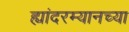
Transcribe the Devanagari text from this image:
ह्यांदरम्यानच्या